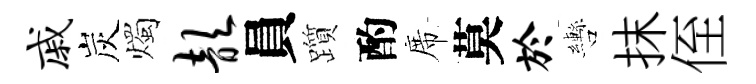
戚炭燭歆員躓酌席莫於轡抹侄